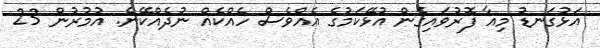
އަޅުގަނޑު މިއާ ފޮރުވައިގެން އުޅޭކަމުގެ އެއްވެސް ހެއްކެއް ނުދެއްކޭނެ. އުމުރުން 23